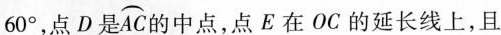
6 0 °$$，点D是\stackrel\frown{AC}的中点，点 E 在 OC 的延长线上，且